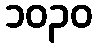
၁၀၃၀